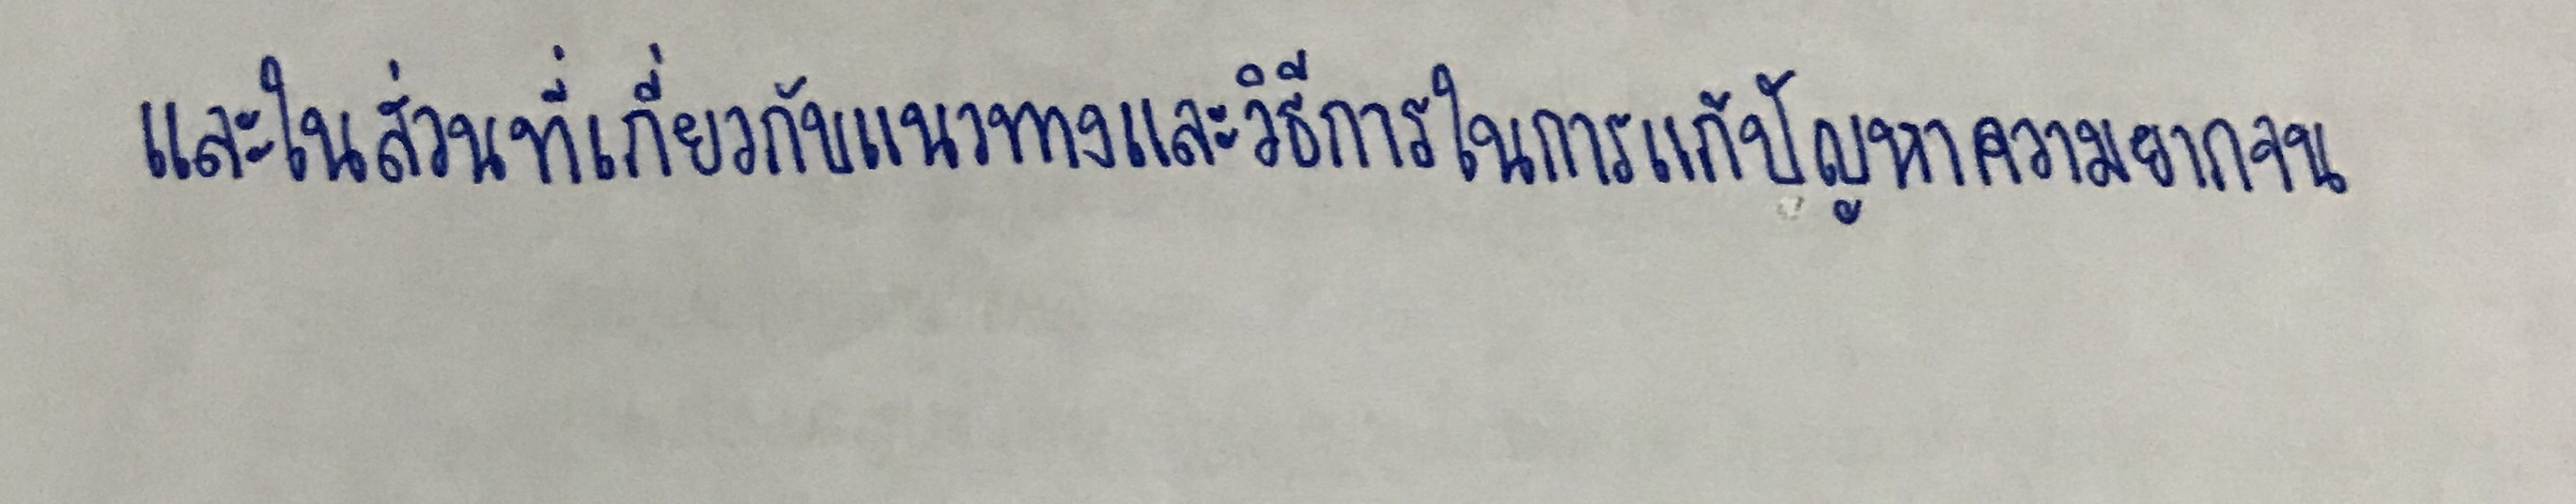
และในส่วนที่เกี่ยวกับแนวทางและวิธีการในการแก้ปัญหาความยากจน